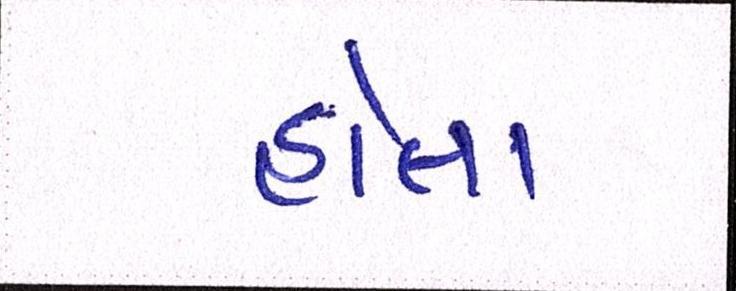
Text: હોતા